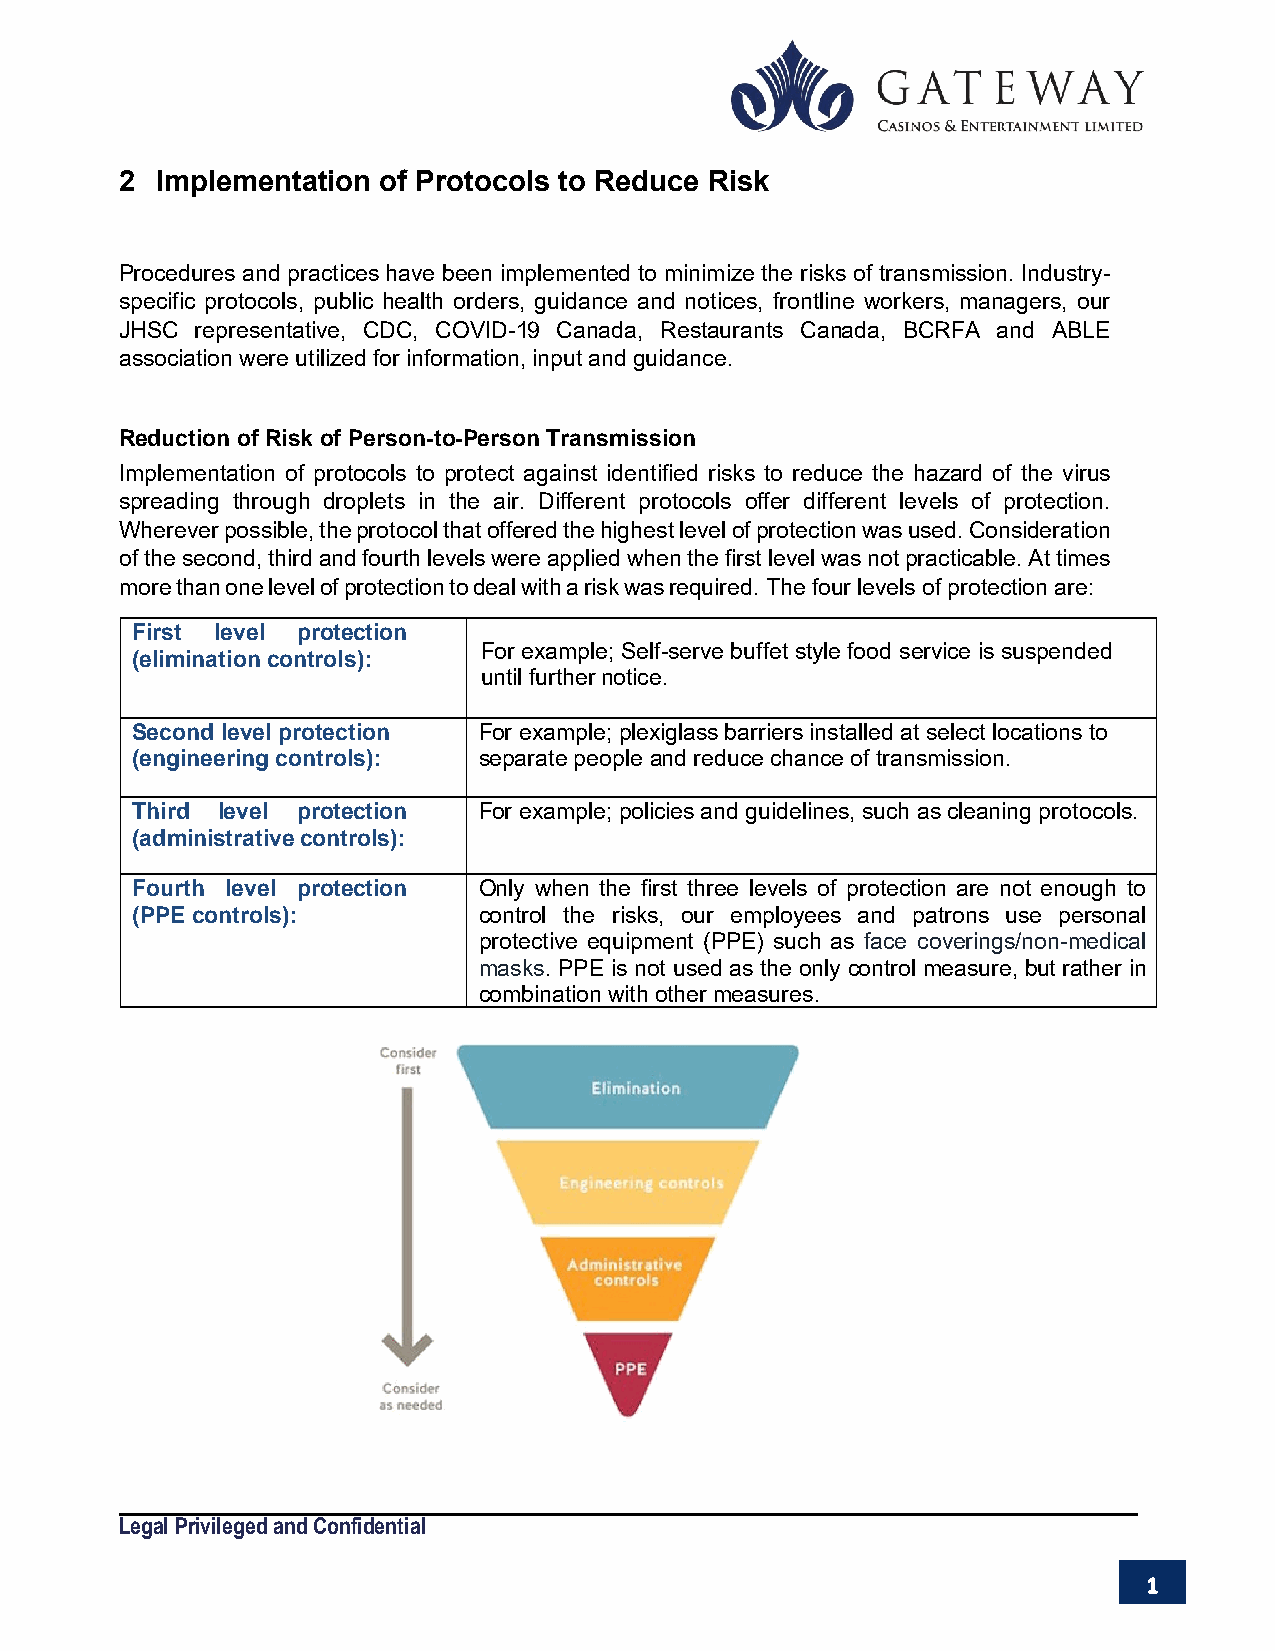
2 Implementation of Protocols to Reduce Risk
 Procedures and practices have been implemented to minimize the risks of transmission. Industry-
 specific protocols, public health orders, guidance and notices, frontline workers, managers, our
 JHSC representative, CDC, COVID-19 Canada, Restaurants Canada, BCRFA and ABLE
 association were utilized for information, input and guidance.
 Reduction of Risk of Person-to-Person Transmission
 Implementation of protocols to protect against identified risks to reduce the hazard of the virus
 spreading through droplets in the air. Different protocols offer different levels of protection.
 Wherever possible, the protocol that offered the highest level of protection was used. Consideration
 of the second, third and fourth levels were applied when the first level was not practicable. At times
 more than one level of protection to deal with a risk was required. The four levels of protection are:
 First level protection
 For example; Self-serve buffet style food service is suspended
 (elimination controls):
 until further notice.
 Second level protection For example; plexiglass barriers installed at select locations to
 (engineering controls): separate people and reduce chance of transmission.
 Third level protection For example; policies and guidelines, such as cleaning protocols.
 (administrative controls):
 Fourth level protection Only when the first three levels of protection are not enough to
 (PPE controls):        control the risks, our employees and patrons use personal
 protective equipment (PPE) such as face coverings/non-medical
 masks. PPE is not used as the only control measure, but rather in
 combination with other measures.
 Legal Privileged and Confidential